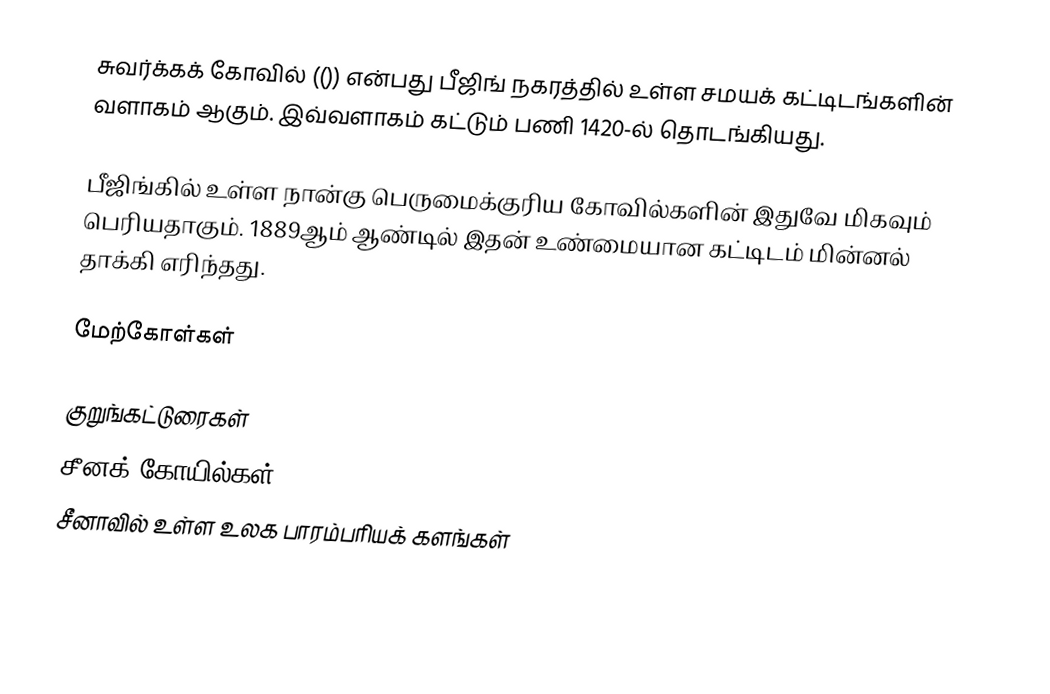
சுவர்க்கக் கோவில் (()) என்பது பீஜிங் நகரத்தில் உள்ள சமயக் கட்டிடங்களின் வளாகம் ஆகும். இவ்வளாகம் கட்டும் பணி 1420-ல் தொடங்கியது.

பீஜிங்கில் உள்ள நான்கு பெருமைக்குரிய கோவில்களின் இதுவே மிகவும் பெரியதாகும். 1889ஆம் ஆண்டில் இதன் உண்மையான கட்டிடம் மின்னல் தாக்கி எரிந்தது.

மேற்கோள்கள்

குறுங்கட்டுரைகள்
சீனக் கோயில்கள்
சீனாவில் உள்ள உலக பாரம்பரியக் களங்கள்